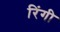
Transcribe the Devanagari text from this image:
रिंगी